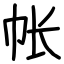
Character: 帐